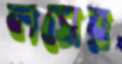
লসের